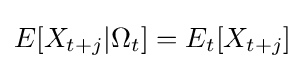
E[X_{t+j}|\Omega _{t}]=E_{t}[X_{t+j}]